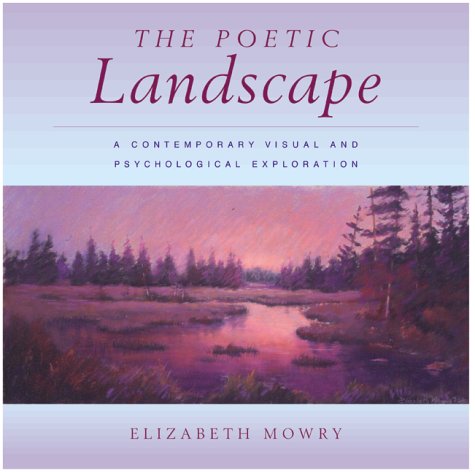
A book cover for The Poetic Landscape:  A Contemporary Visual and Psychological Exploration; Elizabeth Mowry; Arts & Photography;